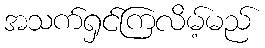
အသက်ရှင်ကြလိမ့်မည်